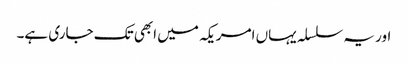
اور یہ سلسلہ یہاں امریکہ میں ابھی تک جاری ہے۔